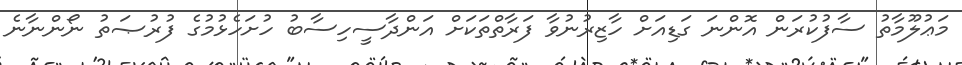
މަޢުލޫމާތު ސާފުކުރަން އޮންނަ ގަޑިއަށް ހާޒިރުނުވާ ފަރާތްތަކަށް އަންދާސީހިސާބު ހުށަހެޅުމުގެ ފުރުޞަތު ނޯންނާނެ